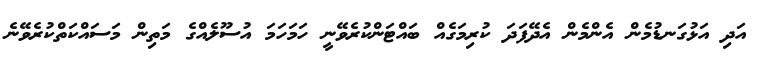
އަދި އަޅުގަނޑުމެން އެންމެން އެދޭފަދަ ކުރިމަގެއް ބައްޓަންކުރެވޭނީ ހަމަހަމަ އުސޫލެއްގެ މަތިން މަސައްކަތްކުރެވޭނެ